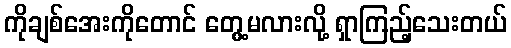
ကိုချစ်အေးကိုတောင် တွေ့မလားလို့ ရှာကြည့်သေးတယ်